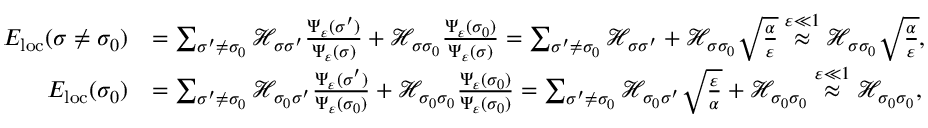
\begin{array} { r l } { E _ { \mathrm { l o c } } ( \sigma \neq \sigma _ { 0 } ) } & { = \sum _ { \sigma ^ { \prime } \neq \sigma _ { 0 } } \mathcal { H } _ { \sigma \sigma ^ { \prime } } \frac { \Psi _ { \varepsilon } ( \sigma ^ { \prime } ) } { \Psi _ { \varepsilon } ( \sigma ) } + \mathcal { H } _ { \sigma \sigma _ { 0 } } \frac { \Psi _ { \varepsilon } ( \sigma _ { 0 } ) } { \Psi _ { \varepsilon } ( \sigma ) } = \sum _ { \sigma ^ { \prime } \neq \sigma _ { 0 } } \mathcal { H } _ { \sigma \sigma ^ { \prime } } + \mathcal { H } _ { \sigma \sigma _ { 0 } } \sqrt { \frac { \alpha } { \varepsilon } } \stackrel { \varepsilon \ll 1 } { \approx } \mathcal { H } _ { \sigma \sigma _ { 0 } } \sqrt { \frac { \alpha } { \varepsilon } } , } \\ { E _ { \mathrm { l o c } } ( \sigma _ { 0 } ) } & { = \sum _ { \sigma ^ { \prime } \neq \sigma _ { 0 } } \mathcal { H } _ { \sigma _ { 0 } \sigma ^ { \prime } } \frac { \Psi _ { \varepsilon } ( \sigma ^ { \prime } ) } { \Psi _ { \varepsilon } ( \sigma _ { 0 } ) } + \mathcal { H } _ { \sigma _ { 0 } \sigma _ { 0 } } \frac { \Psi _ { \varepsilon } ( \sigma _ { 0 } ) } { \Psi _ { \varepsilon } ( \sigma _ { 0 } ) } = \sum _ { \sigma ^ { \prime } \neq \sigma _ { 0 } } \mathcal { H } _ { \sigma _ { 0 } \sigma ^ { \prime } } \sqrt { \frac { \varepsilon } { \alpha } } + \mathcal { H } _ { \sigma _ { 0 } \sigma _ { 0 } } \stackrel { \varepsilon \ll 1 } { \approx } \mathcal { H } _ { \sigma _ { 0 } \sigma _ { 0 } } , } \end{array}